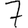
Digit: 7